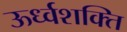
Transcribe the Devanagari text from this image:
ऊर्ध्वशक्ति